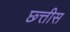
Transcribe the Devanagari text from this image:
छ्त्तीस